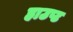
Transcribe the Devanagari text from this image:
हाउप्ट